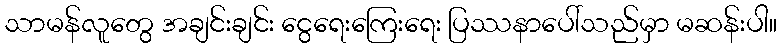
သာမန်လူတွေ အချင်းချင်း ငွေရေးကြေးရေး ပြဿနာပေါ်သည်မှာ မဆန်းပါ။